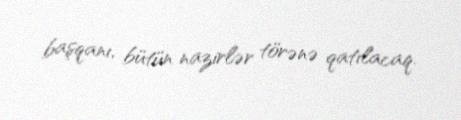
başqanı, bütün nazirlər törənə qatılacaq.